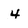
Character: 4